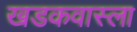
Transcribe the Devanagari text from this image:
खडकवास्ला